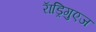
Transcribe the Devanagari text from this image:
राॅड्रिगुएज